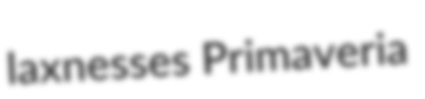
laxnesses Primaveria